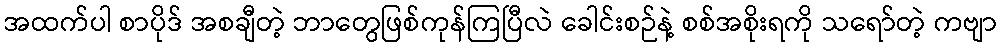
အထက်ပါ စာပိုဒ် အစချီတဲ့ ဘာတွေဖြစ်ကုန်ကြပြီလဲ ခေါင်းစဉ်နဲ့ စစ်အစိုးရကို သရော်တဲ့ ကဗျာ